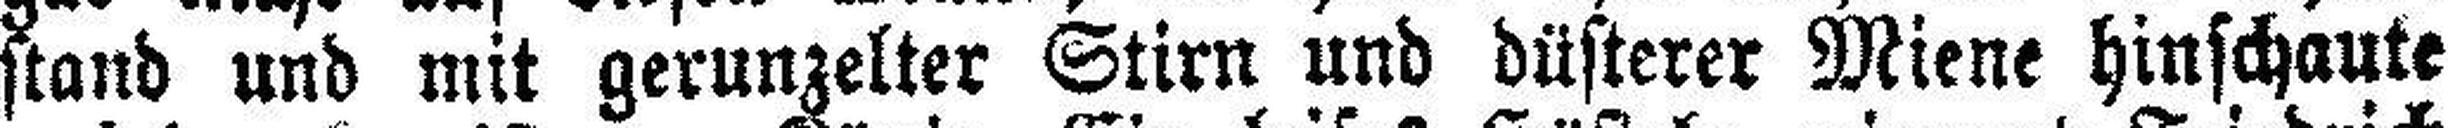
stand und mit gerunzelter Stirn und düsterer Miene hinschaute